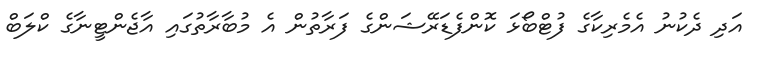
އަދި ދެކުނު އެމެރިކާގެ ފުޓްބޯޅަ ކޮންފެޑަރޭޝަންގެ ފަރާތުން އެ މުބާރާތުގައި އާޖެންޓީނާގެ ކްލަބް